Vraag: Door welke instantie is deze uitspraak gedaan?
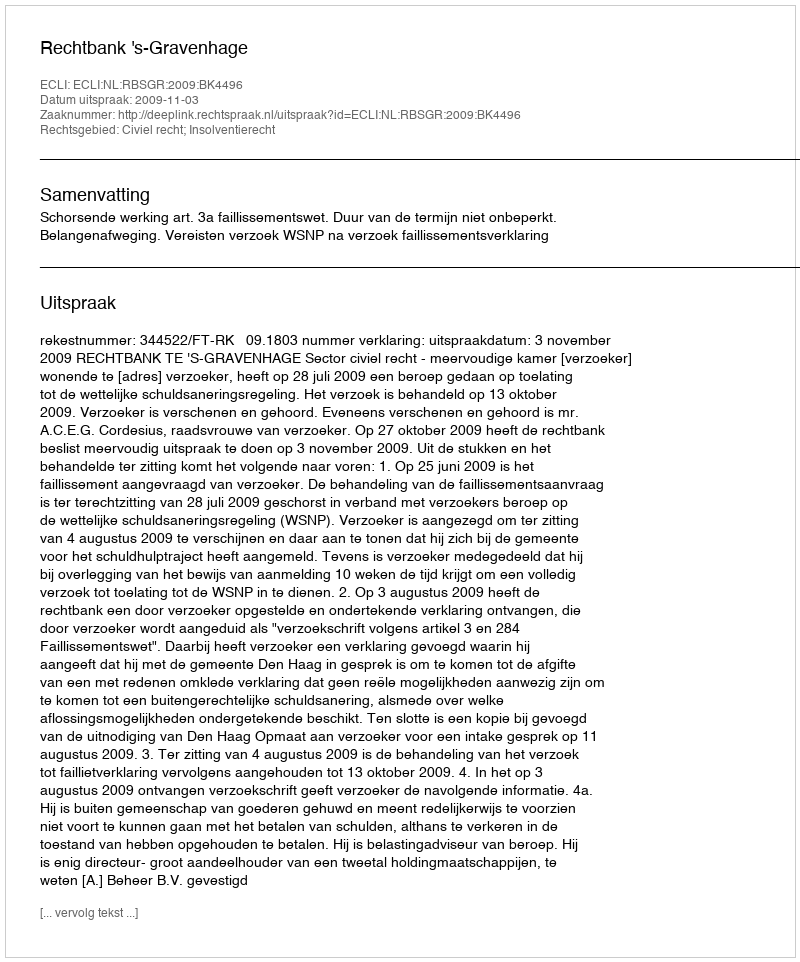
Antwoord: Rechtbank 's-Gravenhage